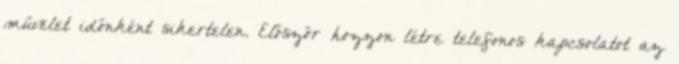
művelet időnként sikertelen. Először hozzon létre telefonos kapcsolatot az